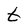
Character: t